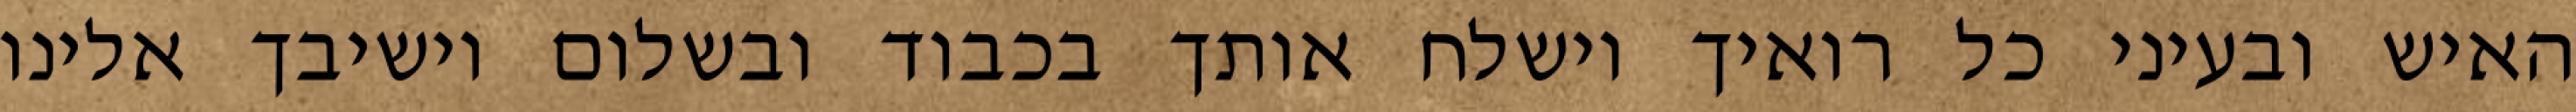
האיש ובעיני כל רואיך וישלח אותך בכבוד ובשלום וישיבך אלינו